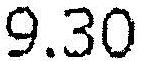
9.30